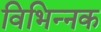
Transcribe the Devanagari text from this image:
विभिन्नक